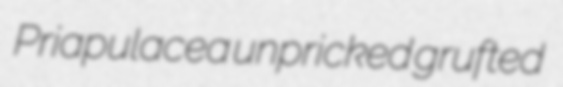
Priapulacea unpricked grufted